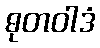
ဓုတဝါဒံ